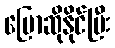
ပြောဆိုနိုင်ပြီး